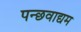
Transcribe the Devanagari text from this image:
पन्छवाद्यम